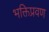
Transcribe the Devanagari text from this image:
भक्तिप्रवण